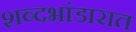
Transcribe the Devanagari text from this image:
शब्दभांडारात